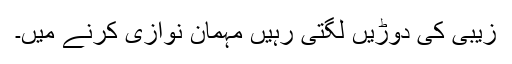
زیبی کی دوڑیں لگتی رہیں مہمان نوازی کرنے میں۔